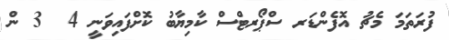
ފުރަތަމަ މެޗު އޮފެންޑަރ ސްޕޯރޓްސް ކާމިޔާބު ކޮށްފައިވަނީ 4  3 ން